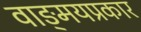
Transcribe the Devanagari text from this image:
वाङ्‌मयप्रकार